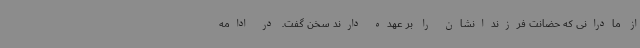
از مادرانی که حضانت فرزندانشان را بر عهده دارند سخن گفت. در ادامه